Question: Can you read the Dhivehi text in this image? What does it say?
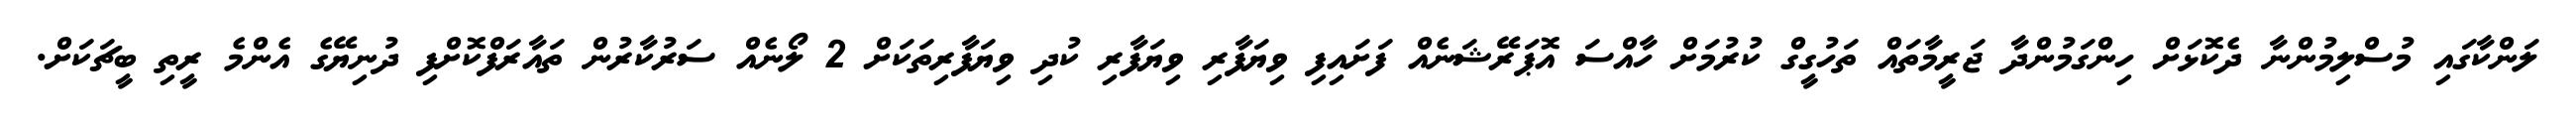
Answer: ލަންކާގައި މުސްލިމުންނާ ދެކޮޅަށް ހިންގަމުންދާ ޖަރީމާތައް ތަހުގީގް ކުރުމަށް ހާއްސަ އޮޕަރޭޝަނެއް ފަށައިފި ވިޔަފާރި ވިޔަފާރި ކުދި ވިޔަފާރިތަކަށް 2 ލޯނެއް ސަރުކާރުން ތައާރަފްކޮށްފި ދުނިޔޭގެ އެންމެ ރީތި ބީޗަކަށް.